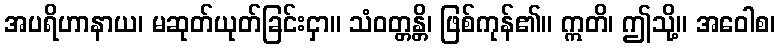
အပရိဟာနာယ၊ မဆုတ်ယုတ်ခြင်းငှာ။ သံဝတ္တန္တိ၊ ဖြစ်ကုန်၏။ ဣတိ၊ ဤသို့။ အဝေါစ၊